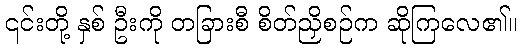
၎င်းတို့ နှစ် ဦးကို တခြားစီ စိတ်ညှိစဉ်က ဆိုကြလေ၏။